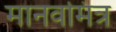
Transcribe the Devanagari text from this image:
मानवमित्र